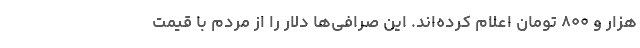
هزار و ۸۰۰ تومان اعلام کرده‌اند. این صرافی‌ها دلار را از مردم با قیمت